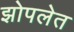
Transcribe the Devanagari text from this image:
झोपलेत